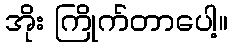
အိုး ကြိုက်တာပေါ့။